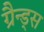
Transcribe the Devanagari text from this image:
ग्रैन्ड्स